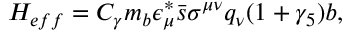
H _ { e f f } = C _ { \gamma } m _ { b } \epsilon _ { \mu } ^ { * } \bar { s } \sigma ^ { \mu \nu } q _ { \nu } ( 1 + \gamma _ { 5 } ) b ,